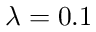
\lambda = 0 . 1